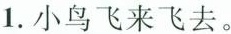
1.小鸟飞来飞去。